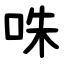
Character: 咮